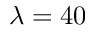
\lambda = 4 0